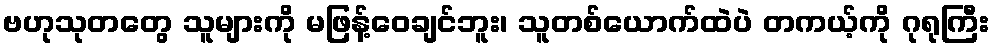
ဗဟုသုတတွေ သူများကို မဖြန့်ဝေချင်ဘူး၊ သူတစ်ယောက်ထဲပဲ တကယ့်ကို ဂုရုကြီး